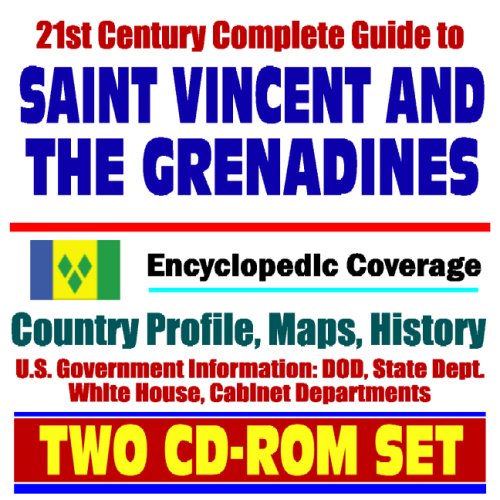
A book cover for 21st Century Complete Guide to St. Vincent and the Grenadines - Encyclopedic Coverage, Country Profile, History, DOD, State Dept., White House, CIA Factbook (Two CD-ROM Set); U.S. Government; Travel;